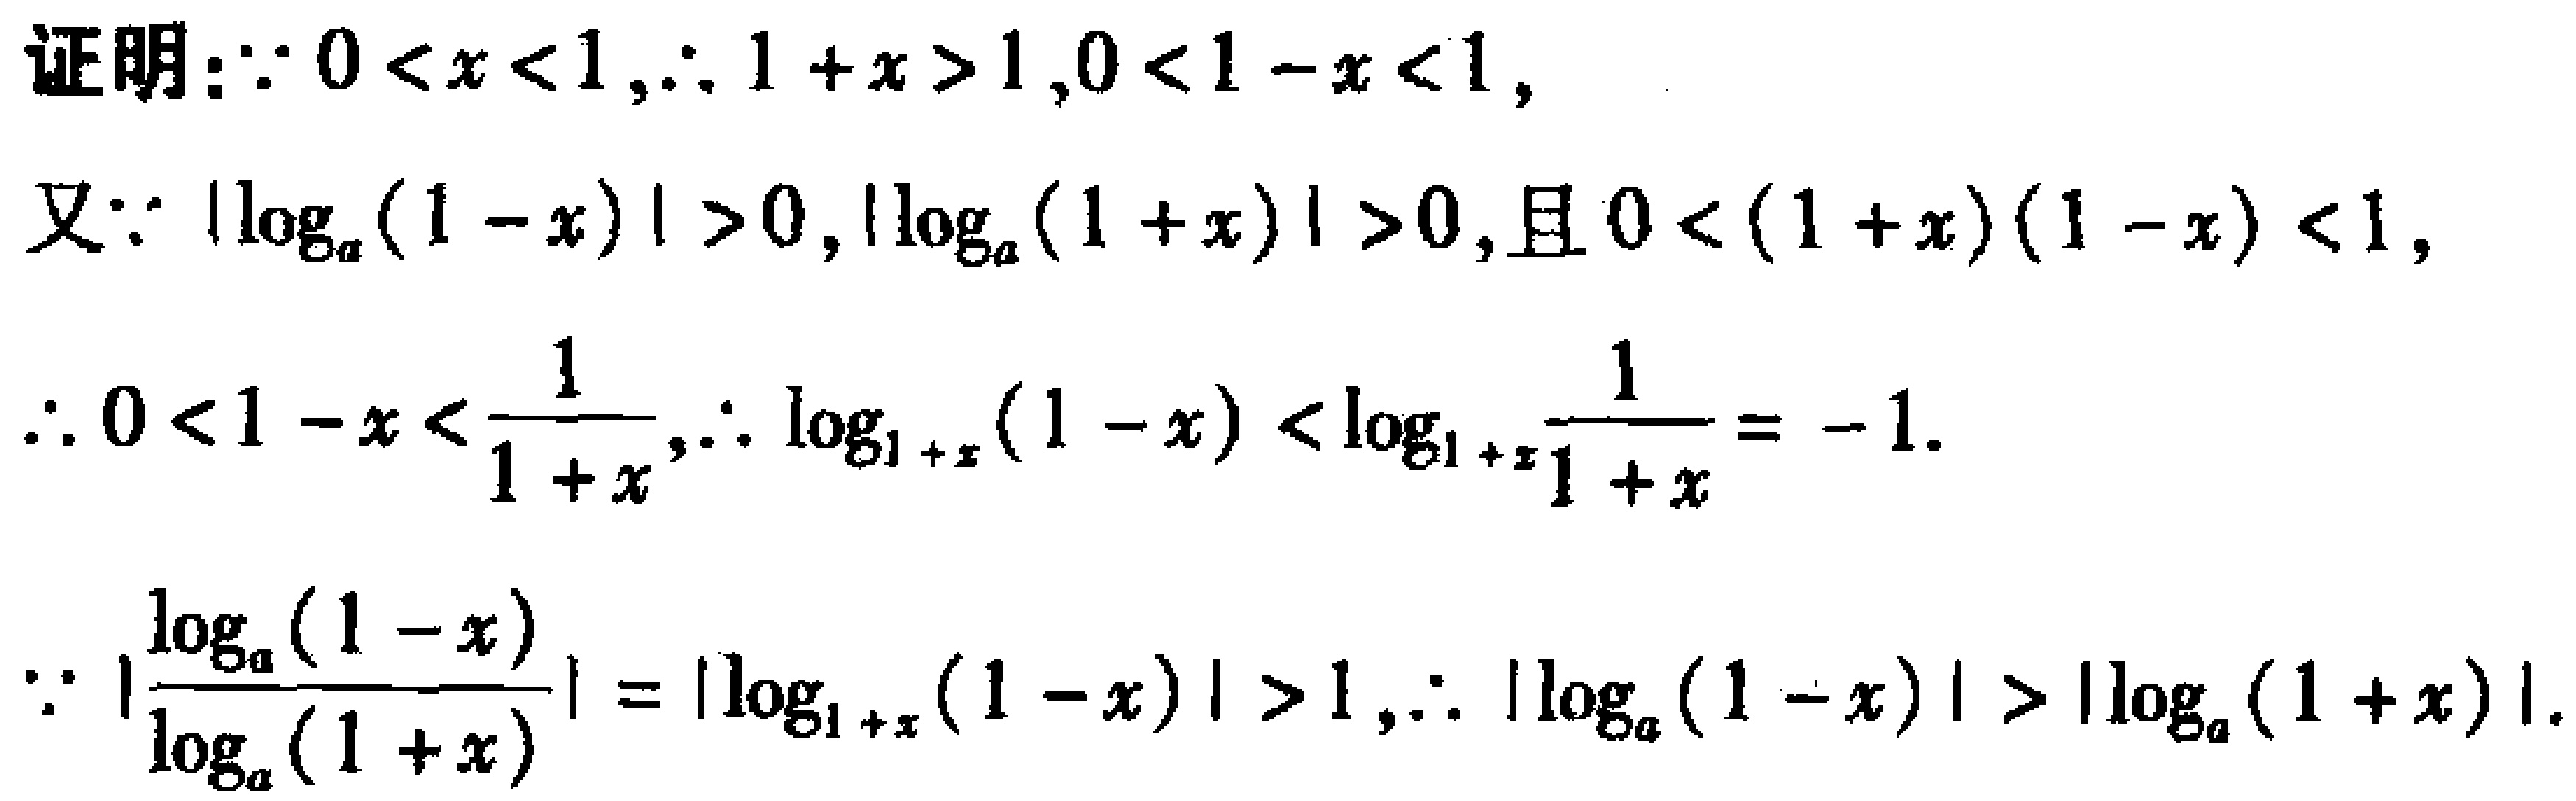
\begin{proof}

$\because 0 < x < 1,\therefore 1 + x>1,0 < 1 - x<1$,\\

又$\because|\log_{a}(1 - x)|>0,|\log_{a}(1 + x)|>0$,且$0 < (1 + x)(1 - x)<1$,\\

$\therefore 0 < 1 - x<\frac{1}{1 + x},\therefore\log_{1 + x}(1 - x)<\log_{1 + x}\frac{1}{1 + x}=-1$.\\

$\because\left|\frac{\log_{a}(1 - x)}{\log_{a}(1 + x)}\right| = |\log_{1 + x}(1 - x)|>1,\therefore|\log_{a}(1 - x)|>|\log_{a}(1 + x)|$.

\end{proof}